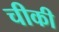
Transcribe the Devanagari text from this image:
चीकी